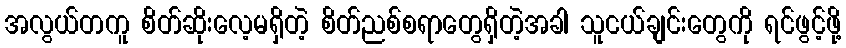
အလွယ်တကူ စိတ်ဆိုးလေ့မရှိတဲ့ စိတ်ညစ်စရာတွေရှိတဲ့အခါ သူငယ်ချင်းတွေကို ရင်ဖွင့်ဖို့